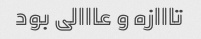
تااازه و عااالی بود